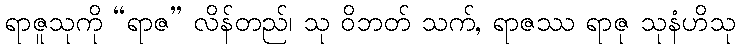
ရာဇူသုကို “ရာဇ” လိန်တည်၊ သု ဝိဘတ် သက်, ရာဇဿ ရာဇု သုနံဟိသု